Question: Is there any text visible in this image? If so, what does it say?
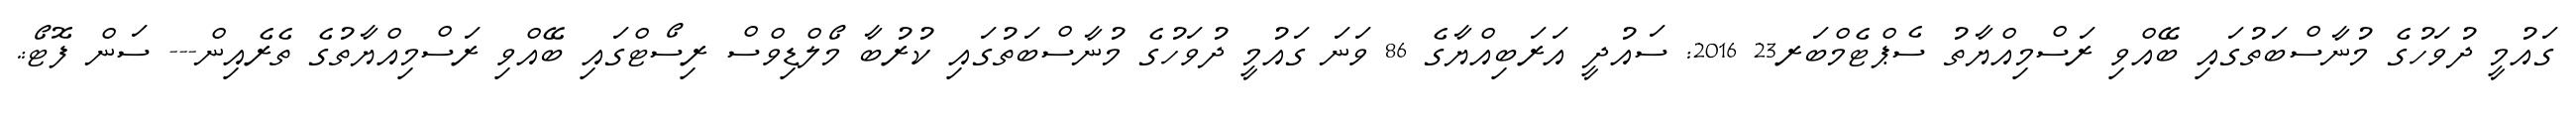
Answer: ގައުމީ ދުވަހުގެ މުނާސްބަތުގައި ބޭއްވި ރަސްމިއްޔާތު ސެޕްޓެމްބަރ23 2016: ސައުދީ އަރަބިއްޔާގެ 86 ވަނަ ގައުމީ ދުވަހުގެ މުނާސްބަތުގައި ކުރުބާ މޯލްޑިވްސް ރިސޯޓްގައި ބޭއްވި ރަސްމިއްޔާތުގެ ތެރެއިން--- ސަން ފޮޓޯ:.